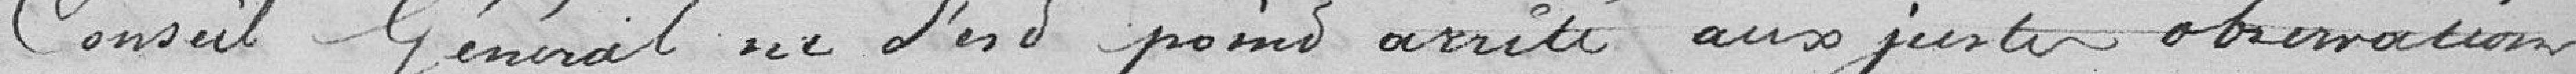
Conseil Général ne l'est point arrêté aux justes observations